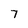
Character: 7